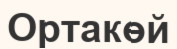
Ортакөй